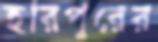
হরিপুরের